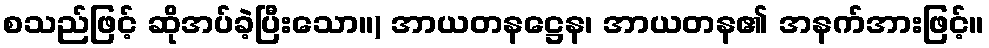
စသည်ဖြင့် ဆိုအပ်ခဲ့ပြီးသော။) အာယတနဋ္ဌေန၊ အာယတန၏ အနက်အားဖြင့်။